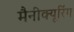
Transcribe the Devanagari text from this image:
मैनीक्यूरिंग